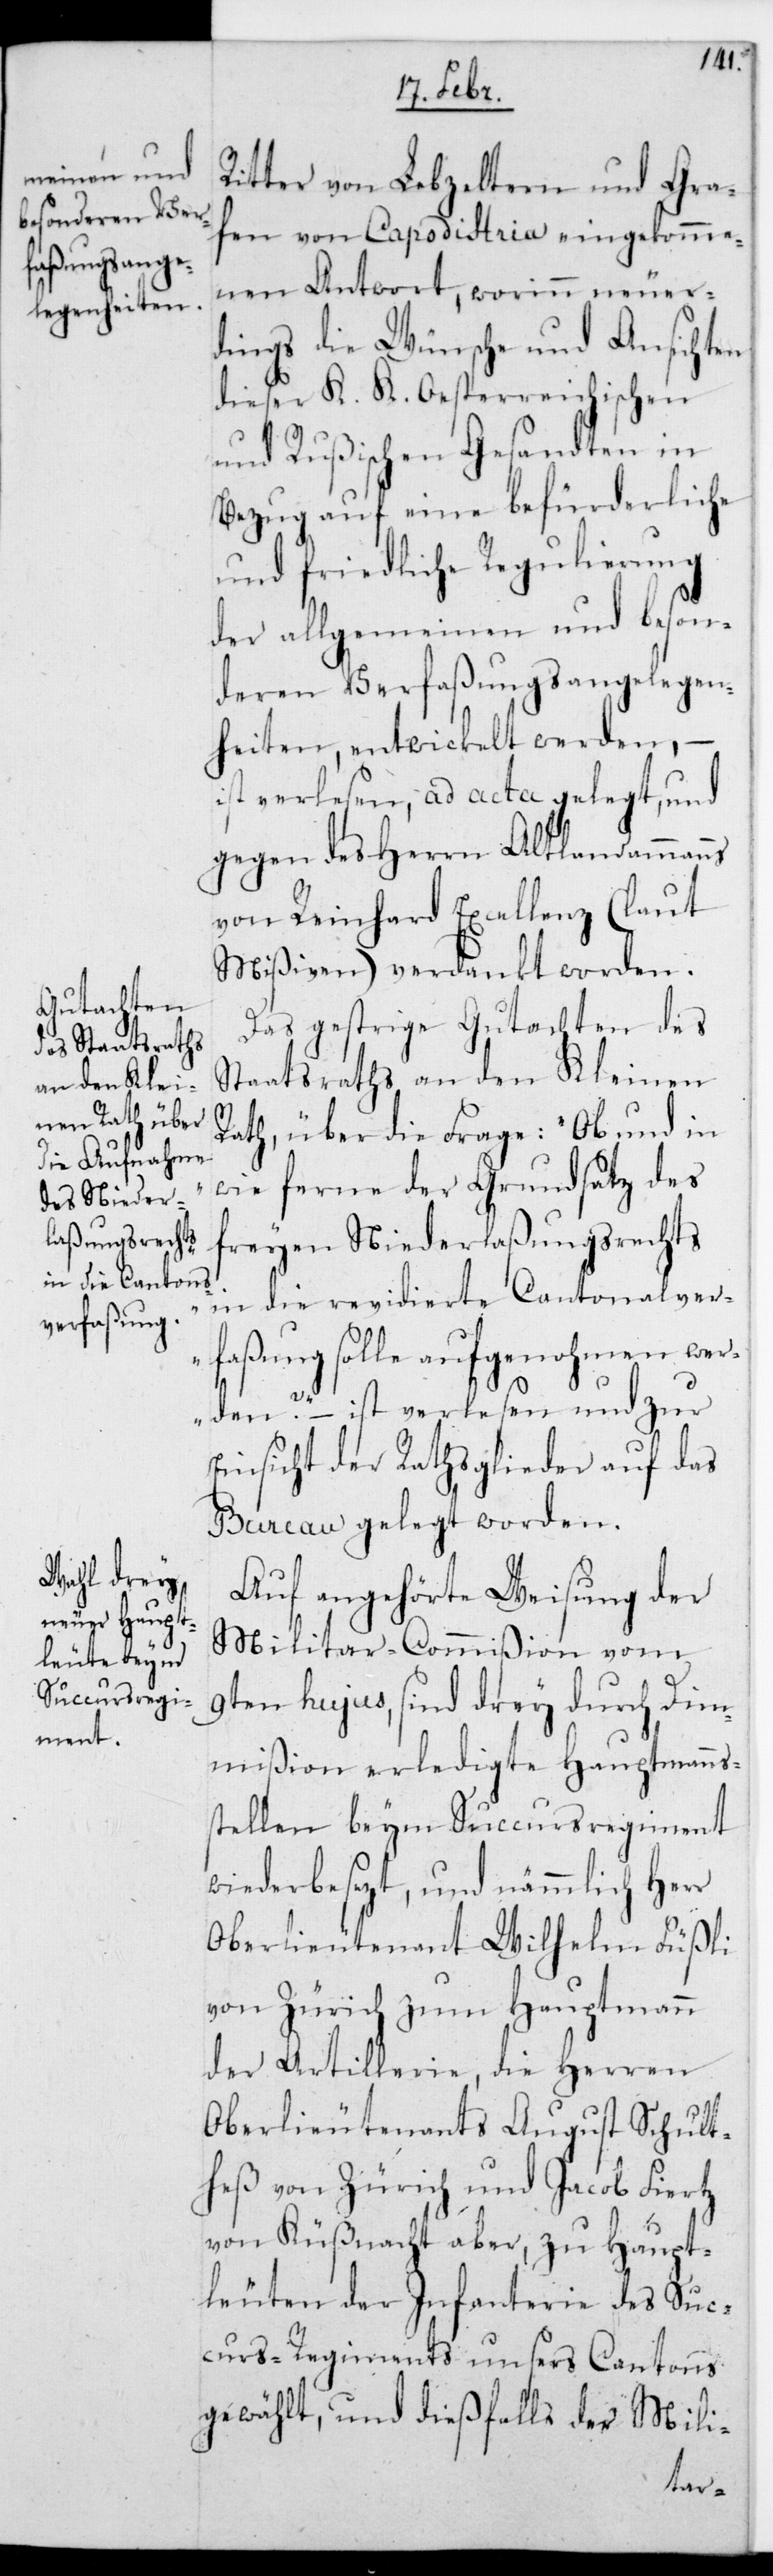
itter von Lebzeltern und Gra¬
fen von Capodistria eingekomme¬
nen Antwort, worinn neuer¬
dings die Wünsche und Ansichten
dieser K. K. Oesterreichischen
und Rußischen Gesandten in
Bezug auf eine befürderliche
und friedliche Regulierung
der allgemeinen und beson¬
deren Verfaßungsangelegen¬
heiten entwickelt werden,
ist verlesen, ad acta gelegt und
gegen des Herrn Altlandammanns
von Reinhard Excellenz (laut
Mißiven) verdankt worden.
Das gestrige Gutachten des
Staatsraths an den Kleinen
Rath über die Frage: „Ob und in
wie ferne der Grundsatz des
freien Niederlaßungsrechts
in die revidierte Cantonalver¬
faßung solle aufgenohmen we¬
R¬
rden?“ – ist verlesen und zur
Einsicht der Rathsglieder auf das
Bureau gelegt worden.
Auf angehörte Weisung der
Militar-Commißion vom
9ten hujus, sind drey durch Dim¬
mißion erledigte Hauptmanns¬
stellen beym Succursregiment
wieder besezt, und nämmlich Herr
Oberlieutenant Wilhelm Füßli
von Zürich zum Hauptmann
der Artillerie; die Herren
Oberlieutenants August Schult¬
heß von Zürich und Jacob Fierz
von Küßnacht aber, zu Haupt¬
leuten der Infanterie des Suc¬
curs-Regiments unsers Cantons
gewählt, und dießfalls der Mili-